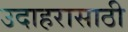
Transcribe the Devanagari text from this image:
उदाहरासाठी